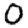
Digit: 0